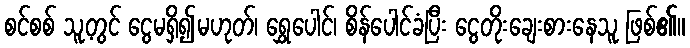
စင်စစ် သူ့တွင် ငွေမရှိ၍မဟုတ်၊ ရွှေပေါင်၊ စိန်ပေါင်ခံပြီး ငွေတိုးချေးစားနေသူ ဖြစ်၏။